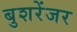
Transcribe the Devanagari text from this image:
बुशरेंजर